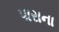
પારાના